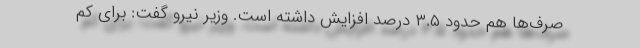
صرف‌ها هم حدود ۳.۵ درصد افزایش داشته است‌. وزیر نیرو گفت: برای کم